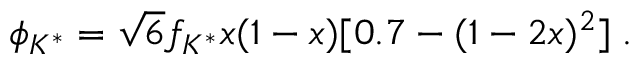
\phi _ { K ^ { * } } = \sqrt { 6 } f _ { K ^ { * } } x ( 1 - x ) [ 0 . 7 - ( 1 - 2 x ) ^ { 2 } ] \; .